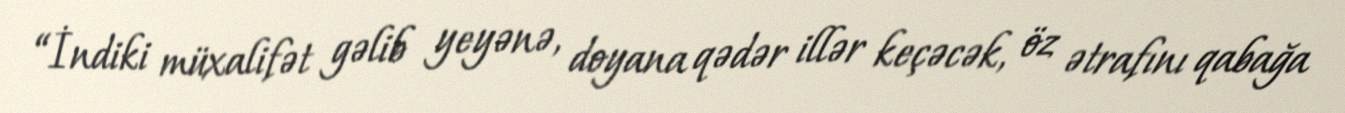
“İndiki müxalifət gəlib yeyənə, doyana qədər illər keçəcək, öz ətrafını qabağa